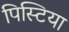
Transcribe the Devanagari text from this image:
पिस्टिया